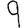
Digit: 9